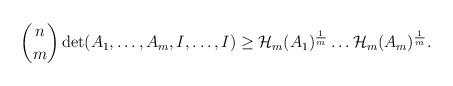
LaTeX: \begin{align*}\begin{aligned}\binom{n}{m}\det(A_1,\dots,A_m,I,\dots,I)\geq \mathcal{H}_m(A_1)^{\frac{1}{m}}\dots \mathcal{H}_m(A_m)^{\frac{1}{m}}.\end{aligned}\end{align*}